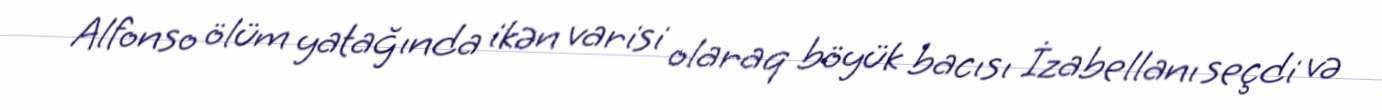
Alfonso ölüm yatağında ikən varisi olaraq böyük bacısı İzabellanı seçdi və